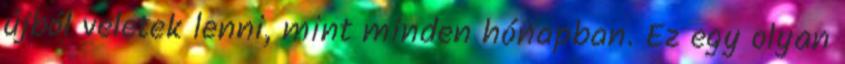
újból veletek lenni, mint minden hónapban. Ez egy olyan